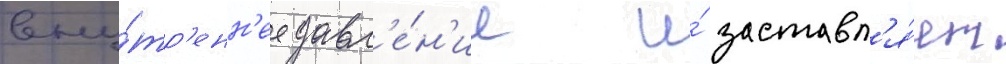
вну́тр'енн'ее давл'е́н'ие и́ заставл'я́ет